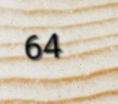
64